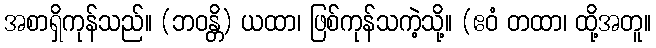
အစာရှိကုန်သည်။ (ဘဝန္တိ) ယထာ၊ ဖြစ်ကုန်သကဲ့သို့။ (ဧဝံ တထာ၊ ထို့အတူ။